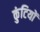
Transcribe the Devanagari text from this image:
कुंटियों